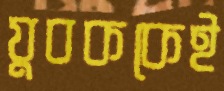
যুবককেই